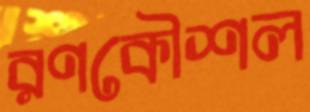
রণকৌশল